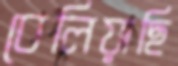
বেলিয়াছি